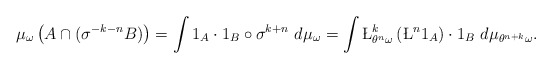
\begin{align*}\mu_\omega\left(A \cap(\sigma^{-k-n}B)\right)= \int 1_A\cdot 1_B\circ \sigma^{k+n}~d\mu_\omega=\int \L_{\theta^n\omega}^{k}\left(\L^n1_A\right)\cdot 1_B~d\mu_{\theta^{n+k}\omega}.\end{align*}